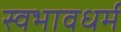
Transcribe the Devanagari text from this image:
स्वभावधर्म